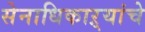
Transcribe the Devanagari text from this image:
सेनाधिकाऱ्यांचे